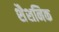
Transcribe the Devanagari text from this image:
शैशनिक